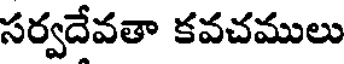
సర్వదేవతా కవచములు